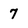
Character: 7